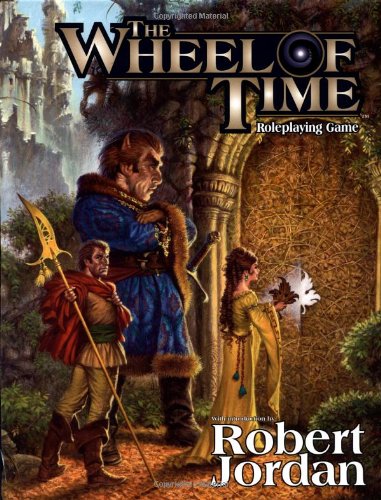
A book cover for The Wheel of Time Roleplaying Game (d20 3.0 Fantasy Roleplaying); Charles Ryan; Science Fiction & Fantasy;